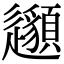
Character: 𨙁